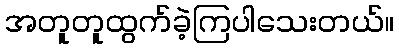
အတူတူထွက်ခဲ့ကြပါသေးတယ်။